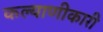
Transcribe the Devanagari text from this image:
कल्याणीकारी